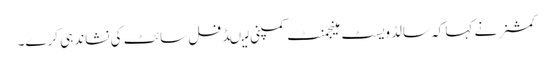
کمشنر نے کہا کہ سالڈویسٹ مینجمنٹ کمپنی لیںڈ فل سائٹ کی نشاندہی کرے۔